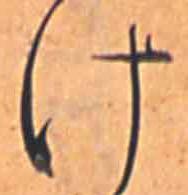
け